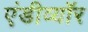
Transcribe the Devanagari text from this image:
एंडीव्यॉर